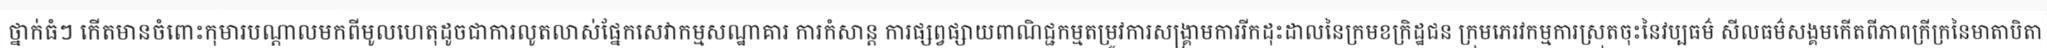
ថ្នាក់ធំៗ កើតមានចំពោះកុមារបណ្តាលមកពីមូលហេតុដូចជាការលូតលាស់ផ្នែកសេវាកម្មសណ្ឋាគារ ការកំសាន្ត ការផ្សព្វផ្សាយពាណិជ្ជកម្មតម្រូវការសង្គ្រាមការរីកដុះដាលនៃក្រមខក្រិដ្ឋជន ក្រុមភេរវកម្មការស្រុតចុះនៃវប្បធម៌ សីលធម៌សង្គមកើតពីភាពក្រីក្រនៃមាតាបិតា